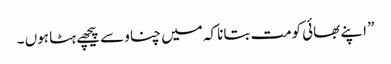
” اپنے بھائی کومت بتانا کہ میں چناو سے پیچھے ہٹا ہوں ۔